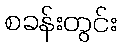
စခန်းတွင်း